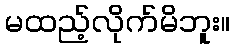
မထည့်လိုက်မိဘူး။